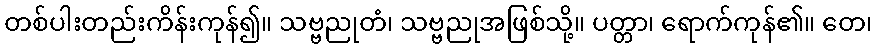
တစ်ပါးတည်းကိန်းကုန်၍။ သဗ္ဗညုတံ၊ သဗ္ဗညုအဖြစ်သို့။ ပတ္တာ၊ ရောက်ကုန်၏။ တေ၊